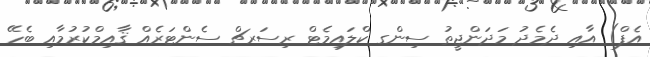
އެފް) އާއި ދެމެދު މަދަންޖީތު ސިންގ ކްލައިމެޓް ރިސަރޗް ސެންޓަރެއް ޤާއިމްކުރުމާއި ބެހޭ